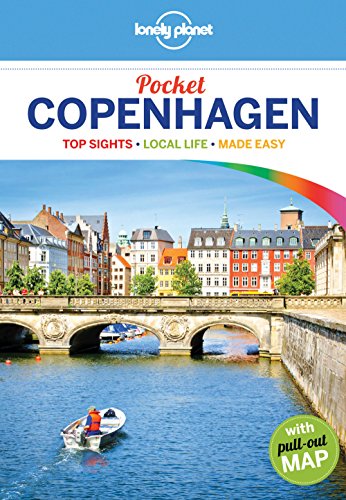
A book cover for Lonely Planet Pocket Copenhagen (Travel Guide); Lonely Planet; Travel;